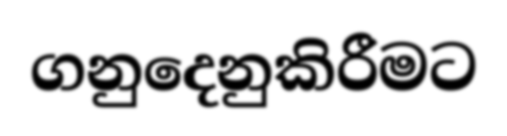
ගනුදෙනුකිරීමට